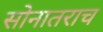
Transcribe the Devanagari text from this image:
सोनातराच